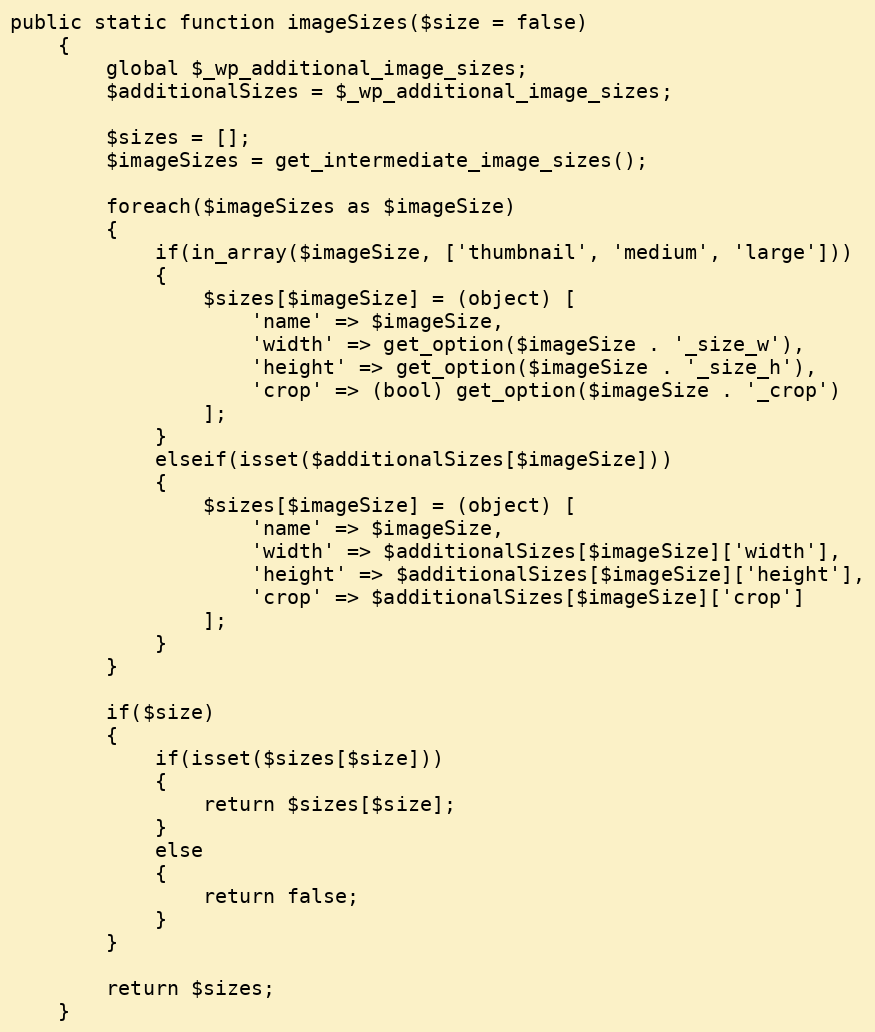
Language: PHP
public static function imageSizes($size = false)
    {
        global $_wp_additional_image_sizes;
        $additionalSizes = $_wp_additional_image_sizes;

        $sizes = [];
        $imageSizes = get_intermediate_image_sizes();

        foreach($imageSizes as $imageSize)
        {
            if(in_array($imageSize, ['thumbnail', 'medium', 'large']))
            {
                $sizes[$imageSize] = (object) [
                    'name' => $imageSize,
                    'width' => get_option($imageSize . '_size_w'),
                    'height' => get_option($imageSize . '_size_h'),
                    'crop' => (bool) get_option($imageSize . '_crop')
                ];
            }
            elseif(isset($additionalSizes[$imageSize]))
            {
                $sizes[$imageSize] = (object) [
                    'name' => $imageSize,
                    'width' => $additionalSizes[$imageSize]['width'],
                    'height' => $additionalSizes[$imageSize]['height'],
                    'crop' => $additionalSizes[$imageSize]['crop']
                ];
            }
        }

        if($size)
        {
            if(isset($sizes[$size]))
            {
                return $sizes[$size];
            }
            else
            {
                return false;
            }
        }

        return $sizes;
    }